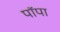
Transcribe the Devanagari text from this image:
पॉपा